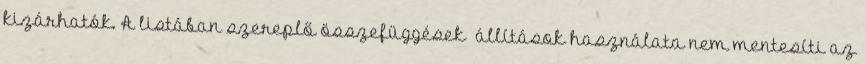
kizárhatók. A listában szereplő összefüggések állítások használata nem mentesíti az